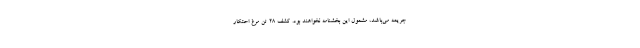
جریمه می‌باشد، مشمول این بخشنامه نخواهند بود. کشف 28 تن مرغ احتکار